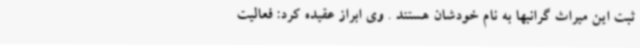
ثبت این میراث گرانبها به نام خودشان هستند . وی ابراز عقیده کرد: فعالیت